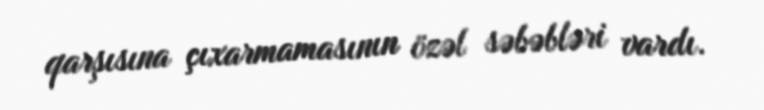
qarşısına çıxarmamasının özəl səbəbləri vardı.